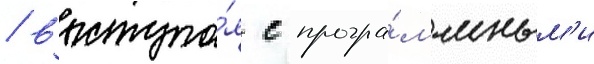
/ выступа́я с програ́ммным'и